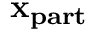
\mathbf { x _ { p a r t } }